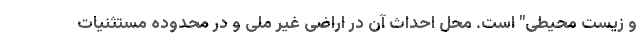
و زیست محیطی" است. محل احداث آن در اراضی غیر ملی و در محدوده مستثنیات